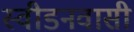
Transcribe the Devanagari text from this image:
स्वीडनवासी